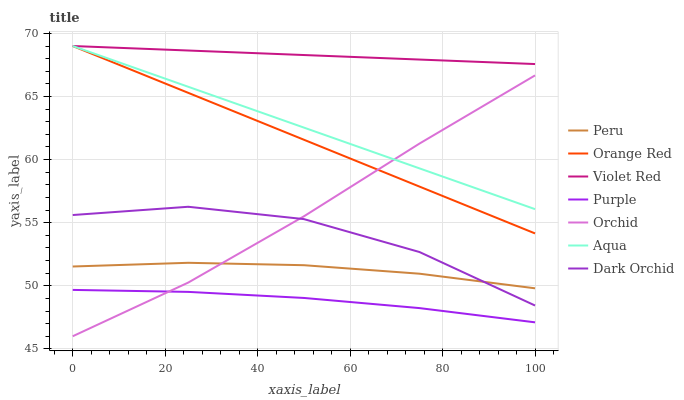
| xaxis_label | Peru | Orange Red | Violet Red | Purple | Orchid | Aqua | Dark Orchid |
 | --- | --- | --- | --- | --- | --- | --- | --- |
 | 0 | 51.5 | 69 | 69 | 49.7 | 46 | 69 | 55.6 |
 | 25 | 51.8 | 65.3 | 68.6 | 49.5 | 50.3 | 65.8 | 56.3 |
 | 50 | 51.6 | 61.6 | 68.3 | 49 | 55.5 | 62.5 | 55.3 |
 | 75 | 51 | 57.9 | 67.9 | 48.2 | 61.3 | 59.3 | 52.7 |
 | 100 | 49.8 | 54.1 | 67.6 | 47.1 | 66.7 | 56.1 | 48.4 |